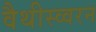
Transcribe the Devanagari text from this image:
वैथीस्व्वरन